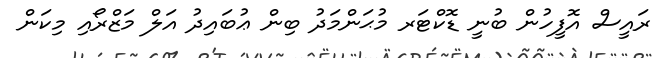
ރައީސް އޮފީހުން ބުނީ ޑޮކްޓަރ މުޙަންމަދު ބިން ޢުބައިދު އަލް މަޒްރޯއި މިކަން